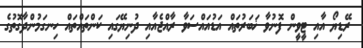
ރޭޑިޔޯ އާއި ޓީވީން ފޮނުވާ ޚަބަރުތައް އަޑުއައްސަވާ ރާއްޖެއާއި ދުނިޔޭގައި ކަންތައްތައް ހިނގަމުންދާގޮތުގެ